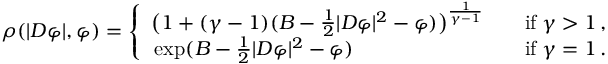
\begin{array} { r } { \rho ( | D \varphi | , \varphi ) = \left\{ \begin{array} { l l } { \big ( 1 + ( \gamma - 1 ) ( B - \frac 1 2 | D \varphi | ^ { 2 } - \varphi ) \big ) ^ { \frac { 1 } { \gamma - 1 } } } & { \quad \mathrm { i f } \; \gamma > 1 \, , } \\ { \, \mathrm { e x p } ( B - \frac 1 2 | D \varphi | ^ { 2 } - \varphi ) } & { \quad \mathrm { i f } \; \gamma = 1 \, . } \end{array} \right. } \end{array}